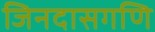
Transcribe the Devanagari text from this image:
जिनदासगणि